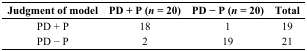
<table><thead><tr><td><b>Judgment of model</b></td><td><b>PD + P (<i>n</i> = 20)</b></td><td><b>PD − P (<i>n</i> = 20)</b></td><td><b>Total</b></td></tr></thead><tbody><tr><td>PD + P</td><td>18</td><td>1</td><td>19</td></tr><tr><td>PD − P</td><td>2</td><td>19</td><td>21</td></tr></tbody></table>